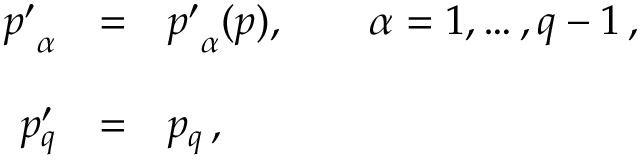
\begin{array} { r c l } { { { p ^ { \prime } } _ { \alpha } } } & { { = } } & { { { p ^ { \prime } } _ { \alpha } ( p ) , \qquad \alpha = 1 , \ldots , q - 1 \, , } } \\ { { } } & { { } } & { { } } \\ { { p _ { q } ^ { \prime } } } & { { = } } & { { p _ { q } \, , } } \end{array}